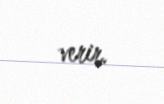
verir.